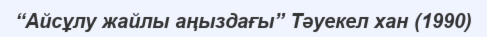
“Айсұлу жайлы аңыздағы” Тәуекел хан (1990)